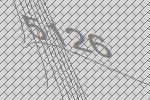
5126